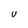
Character: u